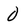
Character: 0